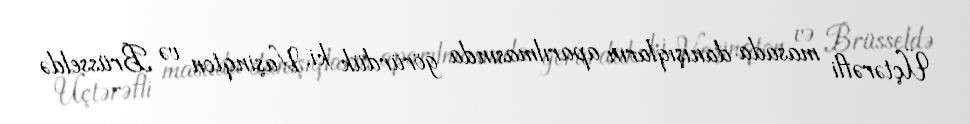
Üçtərəfli masada danışıqların aparılmasında görürdük ki, Vaşinqton və Brüsseldə